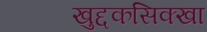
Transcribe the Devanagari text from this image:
खुद्दकसिक्खा